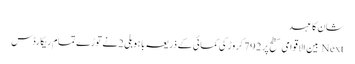
شان کا عہد
Next بین الاقوامی سطح پر 792کروڑ کی کمائی کے ذریعہ باہوبلی 2نے توڑے تمام ریکارڈس